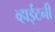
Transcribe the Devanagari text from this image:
व्हाईटनी